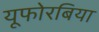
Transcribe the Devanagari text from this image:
यूफोरबिया